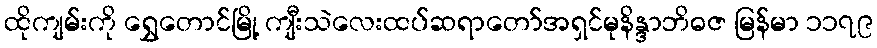
ထိုကျမ်းကို ရွှေတောင်မြို့ ကျီးသဲလေးထပ်ဆရာတော်အရှင်မုနိန္ဒာဘိဓဇ မြန်မာ ၁၁၇၉